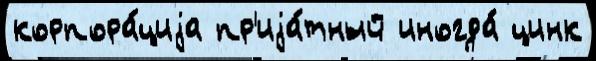
корпора́циjа пр'иjа́тный иногда́ цинк